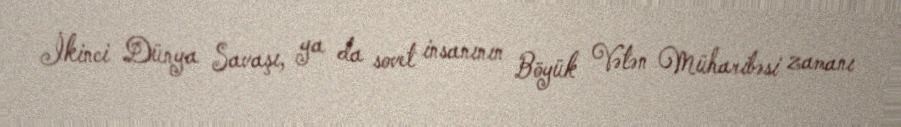
İkinci Dünya Savaşı, ya da sovet insanının Böyük Vətən Müharibəsi zamanı